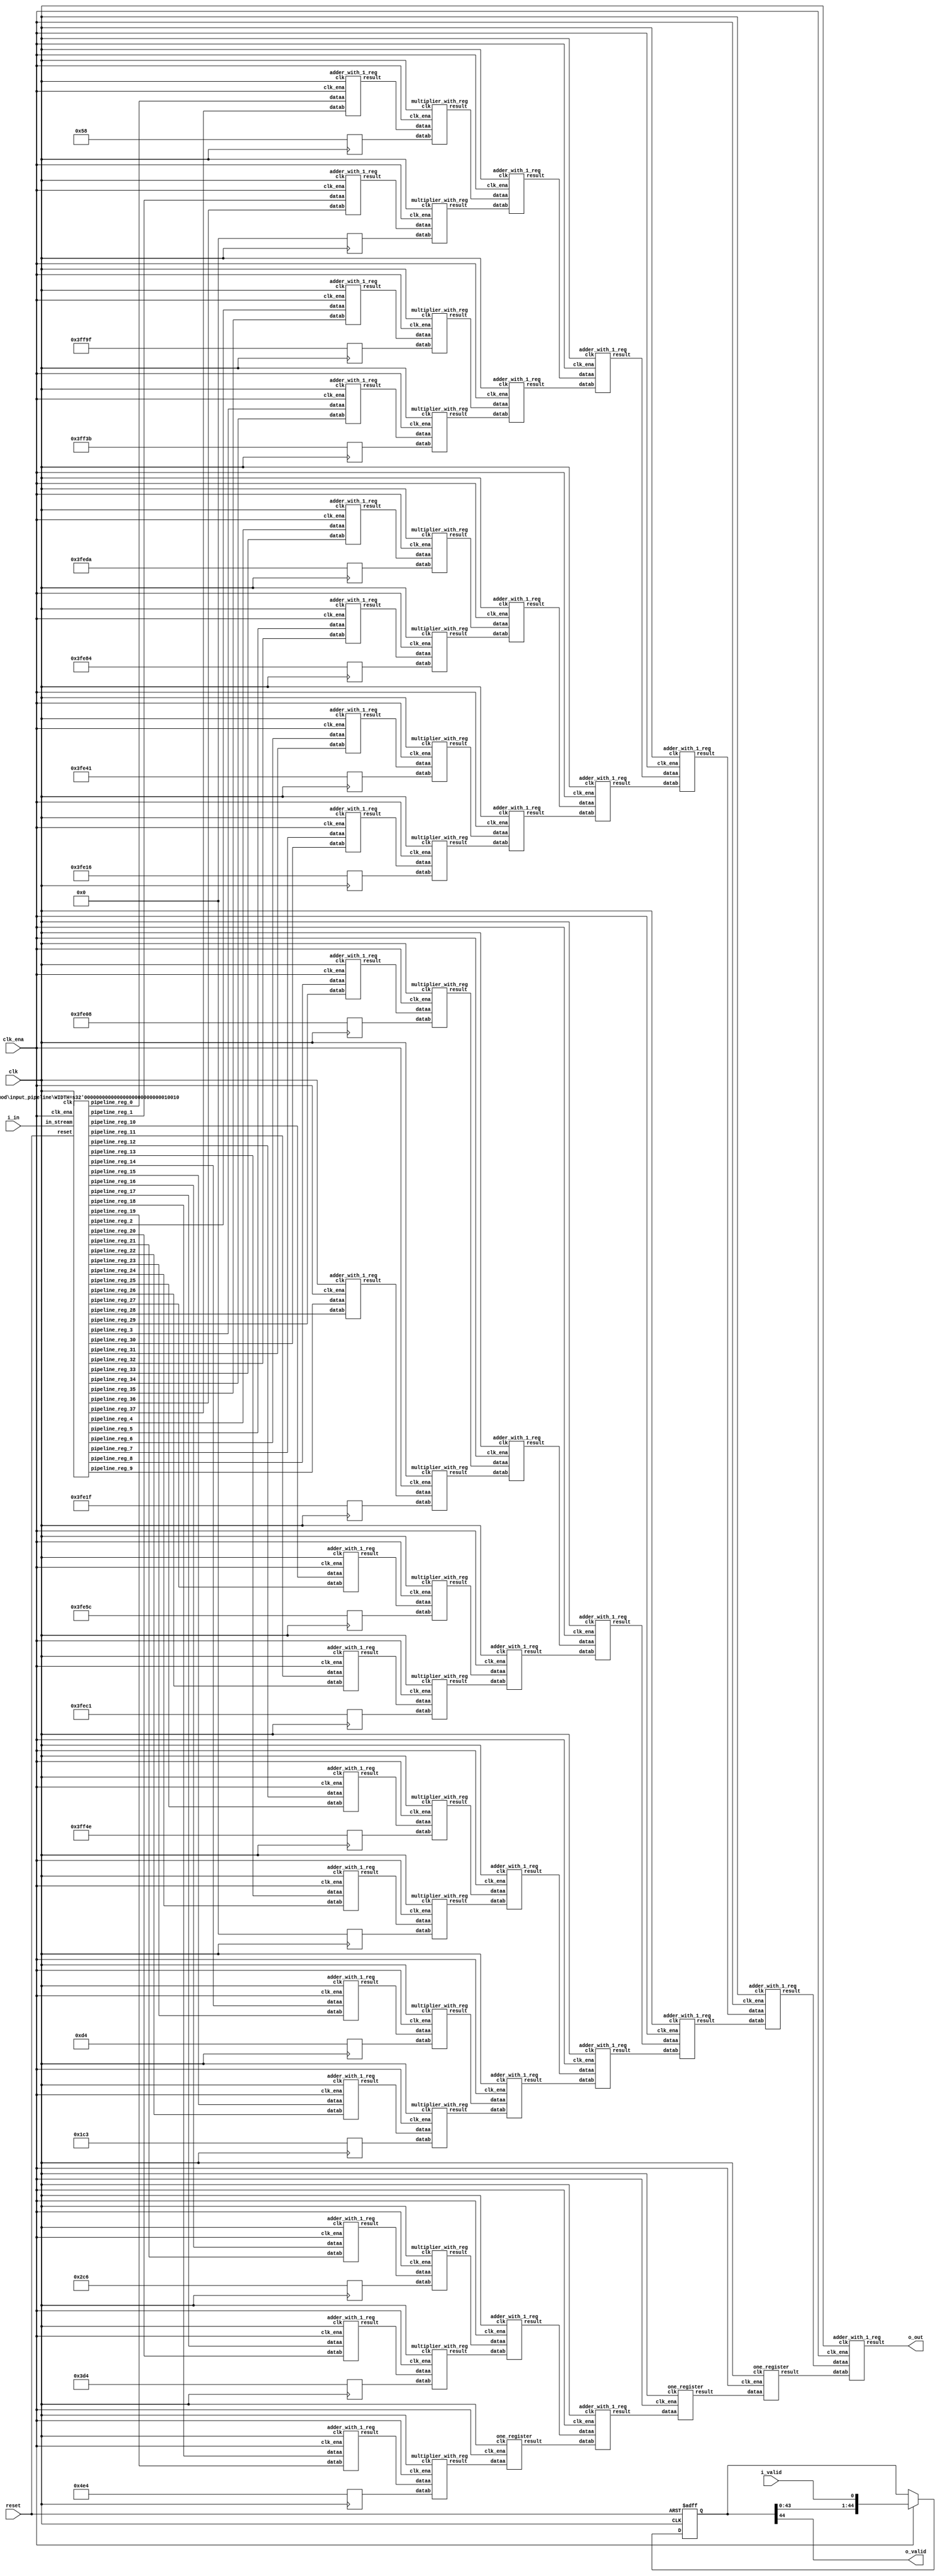
// CONFIG:
// NUM_COEFF = 38
// PIPLINED = 1

// WARNING: more than enough COEFFICIENTS in array (there are 26, and we only need 19)
module fir (
	clk,
	reset,
	clk_ena,
	i_valid,
	i_in,
	o_valid,
	o_out
);
	// Data Width
	parameter dw = 18; //Data input/output bits

	// Number of filter coefficients
	parameter N = 38;
	parameter N_UNIQ = 19; // ciel(N/2) assuming symmetric filter coefficients

	//Number of extra valid cycles needed to align output (i.e. computation pipeline depth + input/output registers
	localparam N_VALID_REGS = 45;

	input clk;
	input reset;
	input clk_ena;
	input i_valid;
	input [dw-1:0] i_in; // signed
	output o_valid;
	output [dw-1:0] o_out; // signed

	// Data Width dervied parameters
	localparam dw_add_int = 18; //Internal adder precision bits
	localparam dw_mult_int = 36; //Internal multiplier precision bits
	localparam scale_factor = 17; //Multiplier normalization shift amount

	// Number of extra registers in INPUT_PIPELINE_REG to prevent contention for CHAIN_END's chain adders
	localparam N_INPUT_REGS = 38;

	// Debug
	// initial begin
	// 	$display ("Data Width: %d", dw);
	// 	$display ("Data Width Add Internal: %d", dw_add_int);
	// 	$display ("Data Width Mult Internal: %d", dw_mult_int);
	// 	$display ("Scale Factor: %d", scale_factor);
	// end

	reg [dw-1:0] COEFFICIENT_0;
	reg [dw-1:0] COEFFICIENT_1;
	reg [dw-1:0] COEFFICIENT_2;
	reg [dw-1:0] COEFFICIENT_3;
	reg [dw-1:0] COEFFICIENT_4;
	reg [dw-1:0] COEFFICIENT_5;
	reg [dw-1:0] COEFFICIENT_6;
	reg [dw-1:0] COEFFICIENT_7;
	reg [dw-1:0] COEFFICIENT_8;
	reg [dw-1:0] COEFFICIENT_9;
	reg [dw-1:0] COEFFICIENT_10;
	reg [dw-1:0] COEFFICIENT_11;
	reg [dw-1:0] COEFFICIENT_12;
	reg [dw-1:0] COEFFICIENT_13;
	reg [dw-1:0] COEFFICIENT_14;
	reg [dw-1:0] COEFFICIENT_15;
	reg [dw-1:0] COEFFICIENT_16;
	reg [dw-1:0] COEFFICIENT_17;
	reg [dw-1:0] COEFFICIENT_18;

	always@(posedge clk) begin
		COEFFICIENT_0 <= 18'd88;
		COEFFICIENT_1 <= 18'd0;
		COEFFICIENT_2 <= -18'd97;
		COEFFICIENT_3 <= -18'd197;
		COEFFICIENT_4 <= -18'd294;
		COEFFICIENT_5 <= -18'd380;
		COEFFICIENT_6 <= -18'd447;
		COEFFICIENT_7 <= -18'd490;
		COEFFICIENT_8 <= -18'd504;
		COEFFICIENT_9 <= -18'd481;
		COEFFICIENT_10 <= -18'd420;
		COEFFICIENT_11 <= -18'd319;
		COEFFICIENT_12 <= -18'd178;
		COEFFICIENT_13 <= 18'd0;
		COEFFICIENT_14 <= 18'd212;
		COEFFICIENT_15 <= 18'd451;
		COEFFICIENT_16 <= 18'd710;
		COEFFICIENT_17 <= 18'd980;
		COEFFICIENT_18 <= 18'd1252;
	end

	////******************************************************
	// *
	// * Valid Delay Pipeline
	// *
	// *****************************************************
	//Input valid signal is pipelined to become output valid signal

	//Valid registers
	reg [N_VALID_REGS-1:0] VALID_PIPELINE_REGS;

	always@(posedge clk or posedge reset) begin
		if(reset) begin
			VALID_PIPELINE_REGS <= 0;
		end else begin
			if(clk_ena) begin
				VALID_PIPELINE_REGS <= {VALID_PIPELINE_REGS[N_VALID_REGS-2:0], i_valid};
			end else begin
				VALID_PIPELINE_REGS <= VALID_PIPELINE_REGS;
			end
		end
	end

	////******************************************************
	// *
	// * Input Register Pipeline
	// *
	// *****************************************************
	//Pipelined input values

	//Input value registers

	wire [dw-1:0] INPUT_PIPELINE_REG_0;
	wire [dw-1:0] INPUT_PIPELINE_REG_1;
	wire [dw-1:0] INPUT_PIPELINE_REG_2;
	wire [dw-1:0] INPUT_PIPELINE_REG_3;
	wire [dw-1:0] INPUT_PIPELINE_REG_4;
	wire [dw-1:0] INPUT_PIPELINE_REG_5;
	wire [dw-1:0] INPUT_PIPELINE_REG_6;
	wire [dw-1:0] INPUT_PIPELINE_REG_7;
	wire [dw-1:0] INPUT_PIPELINE_REG_8;
	wire [dw-1:0] INPUT_PIPELINE_REG_9;
	wire [dw-1:0] INPUT_PIPELINE_REG_10;
	wire [dw-1:0] INPUT_PIPELINE_REG_11;
	wire [dw-1:0] INPUT_PIPELINE_REG_12;
	wire [dw-1:0] INPUT_PIPELINE_REG_13;
	wire [dw-1:0] INPUT_PIPELINE_REG_14;
	wire [dw-1:0] INPUT_PIPELINE_REG_15;
	wire [dw-1:0] INPUT_PIPELINE_REG_16;
	wire [dw-1:0] INPUT_PIPELINE_REG_17;
	wire [dw-1:0] INPUT_PIPELINE_REG_18;
	wire [dw-1:0] INPUT_PIPELINE_REG_19;
	wire [dw-1:0] INPUT_PIPELINE_REG_20;
	wire [dw-1:0] INPUT_PIPELINE_REG_21;
	wire [dw-1:0] INPUT_PIPELINE_REG_22;
	wire [dw-1:0] INPUT_PIPELINE_REG_23;
	wire [dw-1:0] INPUT_PIPELINE_REG_24;
	wire [dw-1:0] INPUT_PIPELINE_REG_25;
	wire [dw-1:0] INPUT_PIPELINE_REG_26;
	wire [dw-1:0] INPUT_PIPELINE_REG_27;
	wire [dw-1:0] INPUT_PIPELINE_REG_28;
	wire [dw-1:0] INPUT_PIPELINE_REG_29;
	wire [dw-1:0] INPUT_PIPELINE_REG_30;
	wire [dw-1:0] INPUT_PIPELINE_REG_31;
	wire [dw-1:0] INPUT_PIPELINE_REG_32;
	wire [dw-1:0] INPUT_PIPELINE_REG_33;
	wire [dw-1:0] INPUT_PIPELINE_REG_34;
	wire [dw-1:0] INPUT_PIPELINE_REG_35;
	wire [dw-1:0] INPUT_PIPELINE_REG_36;
	wire [dw-1:0] INPUT_PIPELINE_REG_37;

	input_pipeline in_pipe(
		.clk(clk), .clk_ena(clk_ena),
		.in_stream(i_in),
		.pipeline_reg_0(INPUT_PIPELINE_REG_0),
		.pipeline_reg_1(INPUT_PIPELINE_REG_1),
		.pipeline_reg_2(INPUT_PIPELINE_REG_2),
		.pipeline_reg_3(INPUT_PIPELINE_REG_3),
		.pipeline_reg_4(INPUT_PIPELINE_REG_4),
		.pipeline_reg_5(INPUT_PIPELINE_REG_5),
		.pipeline_reg_6(INPUT_PIPELINE_REG_6),
		.pipeline_reg_7(INPUT_PIPELINE_REG_7),
		.pipeline_reg_8(INPUT_PIPELINE_REG_8),
		.pipeline_reg_9(INPUT_PIPELINE_REG_9),
		.pipeline_reg_10(INPUT_PIPELINE_REG_10),
		.pipeline_reg_11(INPUT_PIPELINE_REG_11),
		.pipeline_reg_12(INPUT_PIPELINE_REG_12),
		.pipeline_reg_13(INPUT_PIPELINE_REG_13),
		.pipeline_reg_14(INPUT_PIPELINE_REG_14),
		.pipeline_reg_15(INPUT_PIPELINE_REG_15),
		.pipeline_reg_16(INPUT_PIPELINE_REG_16),
		.pipeline_reg_17(INPUT_PIPELINE_REG_17),
		.pipeline_reg_18(INPUT_PIPELINE_REG_18),
		.pipeline_reg_19(INPUT_PIPELINE_REG_19),
		.pipeline_reg_20(INPUT_PIPELINE_REG_20),
		.pipeline_reg_21(INPUT_PIPELINE_REG_21),
		.pipeline_reg_22(INPUT_PIPELINE_REG_22),
		.pipeline_reg_23(INPUT_PIPELINE_REG_23),
		.pipeline_reg_24(INPUT_PIPELINE_REG_24),
		.pipeline_reg_25(INPUT_PIPELINE_REG_25),
		.pipeline_reg_26(INPUT_PIPELINE_REG_26),
		.pipeline_reg_27(INPUT_PIPELINE_REG_27),
		.pipeline_reg_28(INPUT_PIPELINE_REG_28),
		.pipeline_reg_29(INPUT_PIPELINE_REG_29),
		.pipeline_reg_30(INPUT_PIPELINE_REG_30),
		.pipeline_reg_31(INPUT_PIPELINE_REG_31),
		.pipeline_reg_32(INPUT_PIPELINE_REG_32),
		.pipeline_reg_33(INPUT_PIPELINE_REG_33),
		.pipeline_reg_34(INPUT_PIPELINE_REG_34),
		.pipeline_reg_35(INPUT_PIPELINE_REG_35),
		.pipeline_reg_36(INPUT_PIPELINE_REG_36),
		.pipeline_reg_37(INPUT_PIPELINE_REG_37),
		.reset(reset)	);
	defparam in_pipe.WIDTH = 18; // = dw
	////******************************************************
	// *
	// * Computation Pipeline
	// *
	// *****************************************************

	// ************************* LEVEL 0 *************************   
	wire [dw-1:0] L0_output_wires_0;
	wire [dw-1:0] L0_output_wires_1;
	wire [dw-1:0] L0_output_wires_2;
	wire [dw-1:0] L0_output_wires_3;
	wire [dw-1:0] L0_output_wires_4;
	wire [dw-1:0] L0_output_wires_5;
	wire [dw-1:0] L0_output_wires_6;
	wire [dw-1:0] L0_output_wires_7;
	wire [dw-1:0] L0_output_wires_8;
	wire [dw-1:0] L0_output_wires_9;
	wire [dw-1:0] L0_output_wires_10;
	wire [dw-1:0] L0_output_wires_11;
	wire [dw-1:0] L0_output_wires_12;
	wire [dw-1:0] L0_output_wires_13;
	wire [dw-1:0] L0_output_wires_14;
	wire [dw-1:0] L0_output_wires_15;
	wire [dw-1:0] L0_output_wires_16;
	wire [dw-1:0] L0_output_wires_17;
	wire [dw-1:0] L0_output_wires_18;

	adder_with_1_reg L0_adder_0and37(
		.clk(clk), .clk_ena(clk_ena),
		.dataa (INPUT_PIPELINE_REG_0),
		.datab (INPUT_PIPELINE_REG_37),
		.result(L0_output_wires_0)
	);

	adder_with_1_reg L0_adder_1and36(
		.clk(clk), .clk_ena(clk_ena),
		.dataa (INPUT_PIPELINE_REG_1),
		.datab (INPUT_PIPELINE_REG_36),
		.result(L0_output_wires_1)
	);

	adder_with_1_reg L0_adder_2and35(
		.clk(clk), .clk_ena(clk_ena),
		.dataa (INPUT_PIPELINE_REG_2),
		.datab (INPUT_PIPELINE_REG_35),
		.result(L0_output_wires_2)
	);

	adder_with_1_reg L0_adder_3and34(
		.clk(clk), .clk_ena(clk_ena),
		.dataa (INPUT_PIPELINE_REG_3),
		.datab (INPUT_PIPELINE_REG_34),
		.result(L0_output_wires_3)
	);

	adder_with_1_reg L0_adder_4and33(
		.clk(clk), .clk_ena(clk_ena),
		.dataa (INPUT_PIPELINE_REG_4),
		.datab (INPUT_PIPELINE_REG_33),
		.result(L0_output_wires_4)
	);

	adder_with_1_reg L0_adder_5and32(
		.clk(clk), .clk_ena(clk_ena),
		.dataa (INPUT_PIPELINE_REG_5),
		.datab (INPUT_PIPELINE_REG_32),
		.result(L0_output_wires_5)
	);

	adder_with_1_reg L0_adder_6and31(
		.clk(clk), .clk_ena(clk_ena),
		.dataa (INPUT_PIPELINE_REG_6),
		.datab (INPUT_PIPELINE_REG_31),
		.result(L0_output_wires_6)
	);

	adder_with_1_reg L0_adder_7and30(
		.clk(clk), .clk_ena(clk_ena),
		.dataa (INPUT_PIPELINE_REG_7),
		.datab (INPUT_PIPELINE_REG_30),
		.result(L0_output_wires_7)
	);

	adder_with_1_reg L0_adder_8and29(
		.clk(clk), .clk_ena(clk_ena),
		.dataa (INPUT_PIPELINE_REG_8),
		.datab (INPUT_PIPELINE_REG_29),
		.result(L0_output_wires_8)
	);

	adder_with_1_reg L0_adder_9and28(
		.clk(clk), .clk_ena(clk_ena),
		.dataa (INPUT_PIPELINE_REG_9),
		.datab (INPUT_PIPELINE_REG_28),
		.result(L0_output_wires_9)
	);

	adder_with_1_reg L0_adder_10and27(
		.clk(clk), .clk_ena(clk_ena),
		.dataa (INPUT_PIPELINE_REG_10),
		.datab (INPUT_PIPELINE_REG_27),
		.result(L0_output_wires_10)
	);

	adder_with_1_reg L0_adder_11and26(
		.clk(clk), .clk_ena(clk_ena),
		.dataa (INPUT_PIPELINE_REG_11),
		.datab (INPUT_PIPELINE_REG_26),
		.result(L0_output_wires_11)
	);

	adder_with_1_reg L0_adder_12and25(
		.clk(clk), .clk_ena(clk_ena),
		.dataa (INPUT_PIPELINE_REG_12),
		.datab (INPUT_PIPELINE_REG_25),
		.result(L0_output_wires_12)
	);

	adder_with_1_reg L0_adder_13and24(
		.clk(clk), .clk_ena(clk_ena),
		.dataa (INPUT_PIPELINE_REG_13),
		.datab (INPUT_PIPELINE_REG_24),
		.result(L0_output_wires_13)
	);

	adder_with_1_reg L0_adder_14and23(
		.clk(clk), .clk_ena(clk_ena),
		.dataa (INPUT_PIPELINE_REG_14),
		.datab (INPUT_PIPELINE_REG_23),
		.result(L0_output_wires_14)
	);

	adder_with_1_reg L0_adder_15and22(
		.clk(clk), .clk_ena(clk_ena),
		.dataa (INPUT_PIPELINE_REG_15),
		.datab (INPUT_PIPELINE_REG_22),
		.result(L0_output_wires_15)
	);

	adder_with_1_reg L0_adder_16and21(
		.clk(clk), .clk_ena(clk_ena),
		.dataa (INPUT_PIPELINE_REG_16),
		.datab (INPUT_PIPELINE_REG_21),
		.result(L0_output_wires_16)
	);

	adder_with_1_reg L0_adder_17and20(
		.clk(clk), .clk_ena(clk_ena),
		.dataa (INPUT_PIPELINE_REG_17),
		.datab (INPUT_PIPELINE_REG_20),
		.result(L0_output_wires_17)
	);

	adder_with_1_reg L0_adder_18and19(
		.clk(clk), .clk_ena(clk_ena),
		.dataa (INPUT_PIPELINE_REG_18),
		.datab (INPUT_PIPELINE_REG_19),
		.result(L0_output_wires_18)
	);

	// (19 main tree Adders)

	// ************************* LEVEL 1 *************************   
	// **************** Multipliers ****************   
	wire [dw-1:0] L1_mult_wires_0;
	wire [dw-1:0] L1_mult_wires_1;
	wire [dw-1:0] L1_mult_wires_2;
	wire [dw-1:0] L1_mult_wires_3;
	wire [dw-1:0] L1_mult_wires_4;
	wire [dw-1:0] L1_mult_wires_5;
	wire [dw-1:0] L1_mult_wires_6;
	wire [dw-1:0] L1_mult_wires_7;
	wire [dw-1:0] L1_mult_wires_8;
	wire [dw-1:0] L1_mult_wires_9;
	wire [dw-1:0] L1_mult_wires_10;
	wire [dw-1:0] L1_mult_wires_11;
	wire [dw-1:0] L1_mult_wires_12;
	wire [dw-1:0] L1_mult_wires_13;
	wire [dw-1:0] L1_mult_wires_14;
	wire [dw-1:0] L1_mult_wires_15;
	wire [dw-1:0] L1_mult_wires_16;
	wire [dw-1:0] L1_mult_wires_17;
	wire [dw-1:0] L1_mult_wires_18;

	multiplier_with_reg L1_mul_0(
		.clk(clk), .clk_ena(clk_ena),
		.dataa (L0_output_wires_0),
		.datab (COEFFICIENT_0),
		.result(L1_mult_wires_0)
	);

	multiplier_with_reg L1_mul_1(
		.clk(clk), .clk_ena(clk_ena),
		.dataa (L0_output_wires_1),
		.datab (COEFFICIENT_1),
		.result(L1_mult_wires_1)
	);

	multiplier_with_reg L1_mul_2(
		.clk(clk), .clk_ena(clk_ena),
		.dataa (L0_output_wires_2),
		.datab (COEFFICIENT_2),
		.result(L1_mult_wires_2)
	);

	multiplier_with_reg L1_mul_3(
		.clk(clk), .clk_ena(clk_ena),
		.dataa (L0_output_wires_3),
		.datab (COEFFICIENT_3),
		.result(L1_mult_wires_3)
	);

	multiplier_with_reg L1_mul_4(
		.clk(clk), .clk_ena(clk_ena),
		.dataa (L0_output_wires_4),
		.datab (COEFFICIENT_4),
		.result(L1_mult_wires_4)
	);

	multiplier_with_reg L1_mul_5(
		.clk(clk), .clk_ena(clk_ena),
		.dataa (L0_output_wires_5),
		.datab (COEFFICIENT_5),
		.result(L1_mult_wires_5)
	);

	multiplier_with_reg L1_mul_6(
		.clk(clk), .clk_ena(clk_ena),
		.dataa (L0_output_wires_6),
		.datab (COEFFICIENT_6),
		.result(L1_mult_wires_6)
	);

	multiplier_with_reg L1_mul_7(
		.clk(clk), .clk_ena(clk_ena),
		.dataa (L0_output_wires_7),
		.datab (COEFFICIENT_7),
		.result(L1_mult_wires_7)
	);

	multiplier_with_reg L1_mul_8(
		.clk(clk), .clk_ena(clk_ena),
		.dataa (L0_output_wires_8),
		.datab (COEFFICIENT_8),
		.result(L1_mult_wires_8)
	);

	multiplier_with_reg L1_mul_9(
		.clk(clk), .clk_ena(clk_ena),
		.dataa (L0_output_wires_9),
		.datab (COEFFICIENT_9),
		.result(L1_mult_wires_9)
	);

	multiplier_with_reg L1_mul_10(
		.clk(clk), .clk_ena(clk_ena),
		.dataa (L0_output_wires_10),
		.datab (COEFFICIENT_10),
		.result(L1_mult_wires_10)
	);

	multiplier_with_reg L1_mul_11(
		.clk(clk), .clk_ena(clk_ena),
		.dataa (L0_output_wires_11),
		.datab (COEFFICIENT_11),
		.result(L1_mult_wires_11)
	);

	multiplier_with_reg L1_mul_12(
		.clk(clk), .clk_ena(clk_ena),
		.dataa (L0_output_wires_12),
		.datab (COEFFICIENT_12),
		.result(L1_mult_wires_12)
	);

	multiplier_with_reg L1_mul_13(
		.clk(clk), .clk_ena(clk_ena),
		.dataa (L0_output_wires_13),
		.datab (COEFFICIENT_13),
		.result(L1_mult_wires_13)
	);

	multiplier_with_reg L1_mul_14(
		.clk(clk), .clk_ena(clk_ena),
		.dataa (L0_output_wires_14),
		.datab (COEFFICIENT_14),
		.result(L1_mult_wires_14)
	);

	multiplier_with_reg L1_mul_15(
		.clk(clk), .clk_ena(clk_ena),
		.dataa (L0_output_wires_15),
		.datab (COEFFICIENT_15),
		.result(L1_mult_wires_15)
	);

	multiplier_with_reg L1_mul_16(
		.clk(clk), .clk_ena(clk_ena),
		.dataa (L0_output_wires_16),
		.datab (COEFFICIENT_16),
		.result(L1_mult_wires_16)
	);

	multiplier_with_reg L1_mul_17(
		.clk(clk), .clk_ena(clk_ena),
		.dataa (L0_output_wires_17),
		.datab (COEFFICIENT_17),
		.result(L1_mult_wires_17)
	);

	multiplier_with_reg L1_mul_18(
		.clk(clk), .clk_ena(clk_ena),
		.dataa (L0_output_wires_18),
		.datab (COEFFICIENT_18),
		.result(L1_mult_wires_18)
	);

	// (19 Multipliers)

	// **************** Adders ****************   
	wire [dw-1:0] L1_output_wires_0;
	wire [dw-1:0] L1_output_wires_1;
	wire [dw-1:0] L1_output_wires_2;
	wire [dw-1:0] L1_output_wires_3;
	wire [dw-1:0] L1_output_wires_4;
	wire [dw-1:0] L1_output_wires_5;
	wire [dw-1:0] L1_output_wires_6;
	wire [dw-1:0] L1_output_wires_7;
	wire [dw-1:0] L1_output_wires_8;
	wire [dw-1:0] L1_output_wires_9;

	adder_with_1_reg L1_adder_0and1(
		.clk(clk), .clk_ena(clk_ena),
		.dataa (L1_mult_wires_0),
		.datab (L1_mult_wires_1),
		.result(L1_output_wires_0)
	);

	adder_with_1_reg L1_adder_2and3(
		.clk(clk), .clk_ena(clk_ena),
		.dataa (L1_mult_wires_2),
		.datab (L1_mult_wires_3),
		.result(L1_output_wires_1)
	);

	adder_with_1_reg L1_adder_4and5(
		.clk(clk), .clk_ena(clk_ena),
		.dataa (L1_mult_wires_4),
		.datab (L1_mult_wires_5),
		.result(L1_output_wires_2)
	);

	adder_with_1_reg L1_adder_6and7(
		.clk(clk), .clk_ena(clk_ena),
		.dataa (L1_mult_wires_6),
		.datab (L1_mult_wires_7),
		.result(L1_output_wires_3)
	);

	adder_with_1_reg L1_adder_8and9(
		.clk(clk), .clk_ena(clk_ena),
		.dataa (L1_mult_wires_8),
		.datab (L1_mult_wires_9),
		.result(L1_output_wires_4)
	);

	adder_with_1_reg L1_adder_10and11(
		.clk(clk), .clk_ena(clk_ena),
		.dataa (L1_mult_wires_10),
		.datab (L1_mult_wires_11),
		.result(L1_output_wires_5)
	);

	adder_with_1_reg L1_adder_12and13(
		.clk(clk), .clk_ena(clk_ena),
		.dataa (L1_mult_wires_12),
		.datab (L1_mult_wires_13),
		.result(L1_output_wires_6)
	);

	adder_with_1_reg L1_adder_14and15(
		.clk(clk), .clk_ena(clk_ena),
		.dataa (L1_mult_wires_14),
		.datab (L1_mult_wires_15),
		.result(L1_output_wires_7)
	);

	adder_with_1_reg L1_adder_16and17(
		.clk(clk), .clk_ena(clk_ena),
		.dataa (L1_mult_wires_16),
		.datab (L1_mult_wires_17),
		.result(L1_output_wires_8)
	);

	// (9 main tree Adders)

	// ********* Byes ********   
	one_register L1_byereg_for_18(
		.clk(clk), .clk_ena(clk_ena),
		.dataa (L1_mult_wires_18),
		.result(L1_output_wires_9)
	);

	// (1 byes)

	// ************************* LEVEL 2 *************************   
	wire [dw-1:0] L2_output_wires_0;
	wire [dw-1:0] L2_output_wires_1;
	wire [dw-1:0] L2_output_wires_2;
	wire [dw-1:0] L2_output_wires_3;
	wire [dw-1:0] L2_output_wires_4;

	adder_with_1_reg L2_adder_0and1(
		.clk(clk), .clk_ena(clk_ena),
		.dataa (L1_output_wires_0),
		.datab (L1_output_wires_1),
		.result(L2_output_wires_0)
	);

	adder_with_1_reg L2_adder_2and3(
		.clk(clk), .clk_ena(clk_ena),
		.dataa (L1_output_wires_2),
		.datab (L1_output_wires_3),
		.result(L2_output_wires_1)
	);

	adder_with_1_reg L2_adder_4and5(
		.clk(clk), .clk_ena(clk_ena),
		.dataa (L1_output_wires_4),
		.datab (L1_output_wires_5),
		.result(L2_output_wires_2)
	);

	adder_with_1_reg L2_adder_6and7(
		.clk(clk), .clk_ena(clk_ena),
		.dataa (L1_output_wires_6),
		.datab (L1_output_wires_7),
		.result(L2_output_wires_3)
	);

	adder_with_1_reg L2_adder_8and9(
		.clk(clk), .clk_ena(clk_ena),
		.dataa (L1_output_wires_8),
		.datab (L1_output_wires_9),
		.result(L2_output_wires_4)
	);

	// (5 main tree Adders)

	// ************************* LEVEL 3 *************************   
	wire [dw-1:0] L3_output_wires_0;
	wire [dw-1:0] L3_output_wires_1;
	wire [dw-1:0] L3_output_wires_2;

	adder_with_1_reg L3_adder_0and1(
		.clk(clk), .clk_ena(clk_ena),
		.dataa (L2_output_wires_0),
		.datab (L2_output_wires_1),
		.result(L3_output_wires_0)
	);

	adder_with_1_reg L3_adder_2and3(
		.clk(clk), .clk_ena(clk_ena),
		.dataa (L2_output_wires_2),
		.datab (L2_output_wires_3),
		.result(L3_output_wires_1)
	);

	// (2 main tree Adders)

	// ********* Byes ********   
	one_register L3_byereg_for_4(
		.clk(clk), .clk_ena(clk_ena),
		.dataa (L2_output_wires_4),
		.result(L3_output_wires_2)
	);

	// (1 byes)

	// ************************* LEVEL 4 *************************   
	wire [dw-1:0] L4_output_wires_0;
	wire [dw-1:0] L4_output_wires_1;

	adder_with_1_reg L4_adder_0and1(
		.clk(clk), .clk_ena(clk_ena),
		.dataa (L3_output_wires_0),
		.datab (L3_output_wires_1),
		.result(L4_output_wires_0)
	);

	// (1 main tree Adders)

	// ********* Byes ********   
	one_register L4_byereg_for_2(
		.clk(clk), .clk_ena(clk_ena),
		.dataa (L3_output_wires_2),
		.result(L4_output_wires_1)
	);

	// (1 byes)

	// ************************* LEVEL 5 *************************   
	wire [dw-1:0] L5_output_wires_0;

	adder_with_1_reg L5_adder_0and1(
		.clk(clk), .clk_ena(clk_ena),
		.dataa (L4_output_wires_0),
		.datab (L4_output_wires_1),
		.result(L5_output_wires_0)
	);

	// (1 main tree Adders)

	////******************************************************
	// *
	// * Output Logic
	// *
	// *****************************************************
	//Actual outputs
	assign o_out = L5_output_wires_0;

	assign o_valid = VALID_PIPELINE_REGS[N_VALID_REGS-1];

endmodule


module input_pipeline (
	clk,
	clk_ena,
	in_stream,
	pipeline_reg_0,
	pipeline_reg_1,
	pipeline_reg_2,
	pipeline_reg_3,
	pipeline_reg_4,
	pipeline_reg_5,
	pipeline_reg_6,
	pipeline_reg_7,
	pipeline_reg_8,
	pipeline_reg_9,
	pipeline_reg_10,
	pipeline_reg_11,
	pipeline_reg_12,
	pipeline_reg_13,
	pipeline_reg_14,
	pipeline_reg_15,
	pipeline_reg_16,
	pipeline_reg_17,
	pipeline_reg_18,
	pipeline_reg_19,
	pipeline_reg_20,
	pipeline_reg_21,
	pipeline_reg_22,
	pipeline_reg_23,
	pipeline_reg_24,
	pipeline_reg_25,
	pipeline_reg_26,
	pipeline_reg_27,
	pipeline_reg_28,
	pipeline_reg_29,
	pipeline_reg_30,
	pipeline_reg_31,
	pipeline_reg_32,
	pipeline_reg_33,
	pipeline_reg_34,
	pipeline_reg_35,
	pipeline_reg_36,
	pipeline_reg_37,
	reset);
	parameter WIDTH = 1;
	//Input value registers
	input clk;
	input clk_ena;
	input [WIDTH-1:0] in_stream;
	output [WIDTH-1:0] pipeline_reg_0;
	output [WIDTH-1:0] pipeline_reg_1;
	output [WIDTH-1:0] pipeline_reg_2;
	output [WIDTH-1:0] pipeline_reg_3;
	output [WIDTH-1:0] pipeline_reg_4;
	output [WIDTH-1:0] pipeline_reg_5;
	output [WIDTH-1:0] pipeline_reg_6;
	output [WIDTH-1:0] pipeline_reg_7;
	output [WIDTH-1:0] pipeline_reg_8;
	output [WIDTH-1:0] pipeline_reg_9;
	output [WIDTH-1:0] pipeline_reg_10;
	output [WIDTH-1:0] pipeline_reg_11;
	output [WIDTH-1:0] pipeline_reg_12;
	output [WIDTH-1:0] pipeline_reg_13;
	output [WIDTH-1:0] pipeline_reg_14;
	output [WIDTH-1:0] pipeline_reg_15;
	output [WIDTH-1:0] pipeline_reg_16;
	output [WIDTH-1:0] pipeline_reg_17;
	output [WIDTH-1:0] pipeline_reg_18;
	output [WIDTH-1:0] pipeline_reg_19;
	output [WIDTH-1:0] pipeline_reg_20;
	output [WIDTH-1:0] pipeline_reg_21;
	output [WIDTH-1:0] pipeline_reg_22;
	output [WIDTH-1:0] pipeline_reg_23;
	output [WIDTH-1:0] pipeline_reg_24;
	output [WIDTH-1:0] pipeline_reg_25;
	output [WIDTH-1:0] pipeline_reg_26;
	output [WIDTH-1:0] pipeline_reg_27;
	output [WIDTH-1:0] pipeline_reg_28;
	output [WIDTH-1:0] pipeline_reg_29;
	output [WIDTH-1:0] pipeline_reg_30;
	output [WIDTH-1:0] pipeline_reg_31;
	output [WIDTH-1:0] pipeline_reg_32;
	output [WIDTH-1:0] pipeline_reg_33;
	output [WIDTH-1:0] pipeline_reg_34;
	output [WIDTH-1:0] pipeline_reg_35;
	output [WIDTH-1:0] pipeline_reg_36;
	output [WIDTH-1:0] pipeline_reg_37;
	reg [WIDTH-1:0] pipeline_reg_0;
	reg [WIDTH-1:0] pipeline_reg_1;
	reg [WIDTH-1:0] pipeline_reg_2;
	reg [WIDTH-1:0] pipeline_reg_3;
	reg [WIDTH-1:0] pipeline_reg_4;
	reg [WIDTH-1:0] pipeline_reg_5;
	reg [WIDTH-1:0] pipeline_reg_6;
	reg [WIDTH-1:0] pipeline_reg_7;
	reg [WIDTH-1:0] pipeline_reg_8;
	reg [WIDTH-1:0] pipeline_reg_9;
	reg [WIDTH-1:0] pipeline_reg_10;
	reg [WIDTH-1:0] pipeline_reg_11;
	reg [WIDTH-1:0] pipeline_reg_12;
	reg [WIDTH-1:0] pipeline_reg_13;
	reg [WIDTH-1:0] pipeline_reg_14;
	reg [WIDTH-1:0] pipeline_reg_15;
	reg [WIDTH-1:0] pipeline_reg_16;
	reg [WIDTH-1:0] pipeline_reg_17;
	reg [WIDTH-1:0] pipeline_reg_18;
	reg [WIDTH-1:0] pipeline_reg_19;
	reg [WIDTH-1:0] pipeline_reg_20;
	reg [WIDTH-1:0] pipeline_reg_21;
	reg [WIDTH-1:0] pipeline_reg_22;
	reg [WIDTH-1:0] pipeline_reg_23;
	reg [WIDTH-1:0] pipeline_reg_24;
	reg [WIDTH-1:0] pipeline_reg_25;
	reg [WIDTH-1:0] pipeline_reg_26;
	reg [WIDTH-1:0] pipeline_reg_27;
	reg [WIDTH-1:0] pipeline_reg_28;
	reg [WIDTH-1:0] pipeline_reg_29;
	reg [WIDTH-1:0] pipeline_reg_30;
	reg [WIDTH-1:0] pipeline_reg_31;
	reg [WIDTH-1:0] pipeline_reg_32;
	reg [WIDTH-1:0] pipeline_reg_33;
	reg [WIDTH-1:0] pipeline_reg_34;
	reg [WIDTH-1:0] pipeline_reg_35;
	reg [WIDTH-1:0] pipeline_reg_36;
	reg [WIDTH-1:0] pipeline_reg_37;
	input reset;

	always@(posedge clk or posedge reset) begin
		if(reset) begin
			pipeline_reg_0 <= 0;
			pipeline_reg_1 <= 0;
			pipeline_reg_2 <= 0;
			pipeline_reg_3 <= 0;
			pipeline_reg_4 <= 0;
			pipeline_reg_5 <= 0;
			pipeline_reg_6 <= 0;
			pipeline_reg_7 <= 0;
			pipeline_reg_8 <= 0;
			pipeline_reg_9 <= 0;
			pipeline_reg_10 <= 0;
			pipeline_reg_11 <= 0;
			pipeline_reg_12 <= 0;
			pipeline_reg_13 <= 0;
			pipeline_reg_14 <= 0;
			pipeline_reg_15 <= 0;
			pipeline_reg_16 <= 0;
			pipeline_reg_17 <= 0;
			pipeline_reg_18 <= 0;
			pipeline_reg_19 <= 0;
			pipeline_reg_20 <= 0;
			pipeline_reg_21 <= 0;
			pipeline_reg_22 <= 0;
			pipeline_reg_23 <= 0;
			pipeline_reg_24 <= 0;
			pipeline_reg_25 <= 0;
			pipeline_reg_26 <= 0;
			pipeline_reg_27 <= 0;
			pipeline_reg_28 <= 0;
			pipeline_reg_29 <= 0;
			pipeline_reg_30 <= 0;
			pipeline_reg_31 <= 0;
			pipeline_reg_32 <= 0;
			pipeline_reg_33 <= 0;
			pipeline_reg_34 <= 0;
			pipeline_reg_35 <= 0;
			pipeline_reg_36 <= 0;
			pipeline_reg_37 <= 0;
		end else begin
			if(clk_ena) begin
				pipeline_reg_0 <= in_stream;
				pipeline_reg_1 <= pipeline_reg_0;
				pipeline_reg_2 <= pipeline_reg_1;
				pipeline_reg_3 <= pipeline_reg_2;
				pipeline_reg_4 <= pipeline_reg_3;
				pipeline_reg_5 <= pipeline_reg_4;
				pipeline_reg_6 <= pipeline_reg_5;
				pipeline_reg_7 <= pipeline_reg_6;
				pipeline_reg_8 <= pipeline_reg_7;
				pipeline_reg_9 <= pipeline_reg_8;
				pipeline_reg_10 <= pipeline_reg_9;
				pipeline_reg_11 <= pipeline_reg_10;
				pipeline_reg_12 <= pipeline_reg_11;
				pipeline_reg_13 <= pipeline_reg_12;
				pipeline_reg_14 <= pipeline_reg_13;
				pipeline_reg_15 <= pipeline_reg_14;
				pipeline_reg_16 <= pipeline_reg_15;
				pipeline_reg_17 <= pipeline_reg_16;
				pipeline_reg_18 <= pipeline_reg_17;
				pipeline_reg_19 <= pipeline_reg_18;
				pipeline_reg_20 <= pipeline_reg_19;
				pipeline_reg_21 <= pipeline_reg_20;
				pipeline_reg_22 <= pipeline_reg_21;
				pipeline_reg_23 <= pipeline_reg_22;
				pipeline_reg_24 <= pipeline_reg_23;
				pipeline_reg_25 <= pipeline_reg_24;
				pipeline_reg_26 <= pipeline_reg_25;
				pipeline_reg_27 <= pipeline_reg_26;
				pipeline_reg_28 <= pipeline_reg_27;
				pipeline_reg_29 <= pipeline_reg_28;
				pipeline_reg_30 <= pipeline_reg_29;
				pipeline_reg_31 <= pipeline_reg_30;
				pipeline_reg_32 <= pipeline_reg_31;
				pipeline_reg_33 <= pipeline_reg_32;
				pipeline_reg_34 <= pipeline_reg_33;
				pipeline_reg_35 <= pipeline_reg_34;
				pipeline_reg_36 <= pipeline_reg_35;
				pipeline_reg_37 <= pipeline_reg_36;
			end //else begin
				//pipeline_reg_0 <= pipeline_reg_0;
				//pipeline_reg_1 <= pipeline_reg_1;
				//pipeline_reg_2 <= pipeline_reg_2;
				//pipeline_reg_3 <= pipeline_reg_3;
				//pipeline_reg_4 <= pipeline_reg_4;
				//pipeline_reg_5 <= pipeline_reg_5;
				//pipeline_reg_6 <= pipeline_reg_6;
				//pipeline_reg_7 <= pipeline_reg_7;
				//pipeline_reg_8 <= pipeline_reg_8;
				//pipeline_reg_9 <= pipeline_reg_9;
				//pipeline_reg_10 <= pipeline_reg_10;
				//pipeline_reg_11 <= pipeline_reg_11;
				//pipeline_reg_12 <= pipeline_reg_12;
				//pipeline_reg_13 <= pipeline_reg_13;
				//pipeline_reg_14 <= pipeline_reg_14;
				//pipeline_reg_15 <= pipeline_reg_15;
				//pipeline_reg_16 <= pipeline_reg_16;
				//pipeline_reg_17 <= pipeline_reg_17;
				//pipeline_reg_18 <= pipeline_reg_18;
				//pipeline_reg_19 <= pipeline_reg_19;
				//pipeline_reg_20 <= pipeline_reg_20;
				//pipeline_reg_21 <= pipeline_reg_21;
				//pipeline_reg_22 <= pipeline_reg_22;
				//pipeline_reg_23 <= pipeline_reg_23;
				//pipeline_reg_24 <= pipeline_reg_24;
				//pipeline_reg_25 <= pipeline_reg_25;
				//pipeline_reg_26 <= pipeline_reg_26;
				//pipeline_reg_27 <= pipeline_reg_27;
				//pipeline_reg_28 <= pipeline_reg_28;
				//pipeline_reg_29 <= pipeline_reg_29;
				//pipeline_reg_30 <= pipeline_reg_30;
				//pipeline_reg_31 <= pipeline_reg_31;
				//pipeline_reg_32 <= pipeline_reg_32;
				//pipeline_reg_33 <= pipeline_reg_33;
				//pipeline_reg_34 <= pipeline_reg_34;
				//pipeline_reg_35 <= pipeline_reg_35;
				//pipeline_reg_36 <= pipeline_reg_36;
				//pipeline_reg_37 <= pipeline_reg_37;
			//end
		end
	end
endmodule


module adder_with_1_reg (
	clk,
	clk_ena,
	dataa,
	datab,
	result);

	input	  clk;
	input	  clk_ena;
	input	[17:0]  dataa;
	input	[17:0]  datab;
	output	[17:0]  result;

	reg     [17:0]  result;

	always @(posedge clk) begin
		if(clk_ena) begin
			result <= dataa + datab;
		end
	end

endmodule


module multiplier_with_reg (
	clk,
	clk_ena,
	dataa,
	datab,
	result);

	input	  clk;
	input	  clk_ena;
	input	[17:0]  dataa;
	input	[17:0]  datab;
	output	[17:0]  result;

	reg     [17:0]  result;

	always @(posedge clk) begin
		if(clk_ena) begin
			result <= dataa * datab;
		end
	end

endmodule


module one_register (
	clk,
	clk_ena,
	dataa,
	result);

	input	  clk;
	input	  clk_ena;
	input	[17:0]  dataa;
	output	[17:0]  result;

	reg     [17:0]  result;

	always @(posedge clk) begin
		if(clk_ena) begin
			result <= dataa;
		end
	end

endmodule